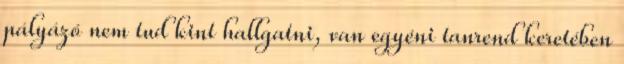
pályázó nem tud kint hallgatni, van egyéni tanrend keretében